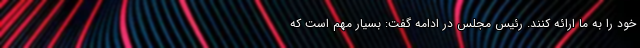
خود را به ما ارائه کنند. رئیس مجلس در ادامه گفت: بسیار مهم است که